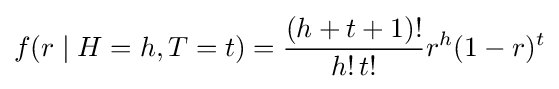
f(r\mid H=h,T=t)={\frac {(h+t+1)!}{h!\,t!}}r^{h}(1-r)^{t}